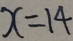
x = 1 4